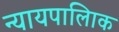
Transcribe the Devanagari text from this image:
न्यायपालिाक